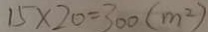
1 5 \times 2 0 = 3 0 0 ( m ^ { 2 } )